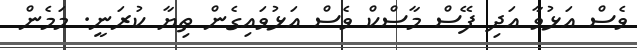
ވެސް އަޅުވާ އަދި ފޭސް މާސްކް ވެސް އަޅުވައިގެން ތިޔާ ކުރަނީ. މަމެން